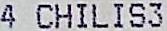
4 CHILIS3